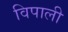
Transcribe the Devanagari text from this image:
विपाली